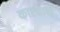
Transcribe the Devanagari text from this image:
काश्याची